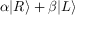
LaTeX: \alpha | R \rangle + \beta | L \rangle